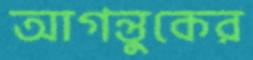
আগন্তুকের